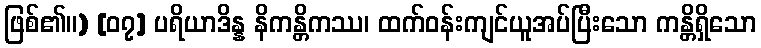
ဖြစ်၏။) [၀၇] ပရိယာဒိန္န နိကန္တိကဿ၊ ထက်ဝန်းကျင်ယူအပ်ပြီးသော ကန္တိရှိသော